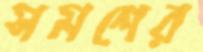
সমশের